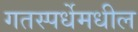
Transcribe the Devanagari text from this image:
गतस्पर्धेमधील